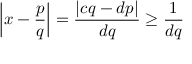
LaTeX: \left| x - { \frac { p } { q } } \right| = { \frac { | c q - d p | } { d q } } \geq { \frac { 1 } { d q } }